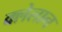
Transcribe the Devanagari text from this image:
क्लेलान